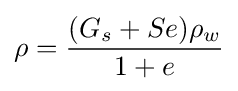
\rho ={\frac {(G_{s}+Se)\rho _{w}}{1+e}}